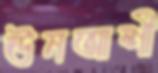
ঊনআশী